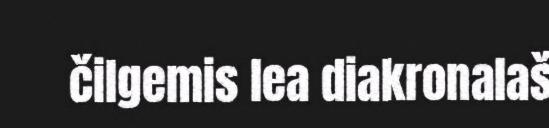
čilgemis lea diakronalaš